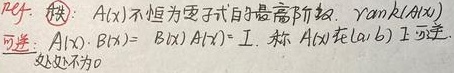
秩：\(A(x)\) 不恒为零子式的最高阶数。

\(\text{rank}(A(x))\)：可逆：若存在矩阵 \(B(x)\) 使得 \(A(x)B(x)=B(x)A(x)=I\)，称 \(A(x)\) 在 \((a,b)\) 上可逆，且 \(|A(x)|\) 处处不为 \(0\)。